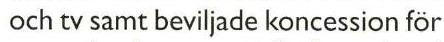
 och tv samt beviljade koncession för